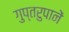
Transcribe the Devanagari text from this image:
गुप्तरुपानें